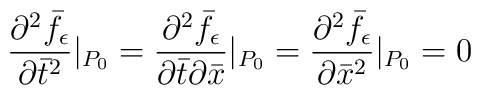
\frac{\partial^2\bar{f}_{\epsilon}}{\partial \bar{t}^2}|_{P_0} =\frac{\partial^2\bar{f}_{\epsilon}}{\partial \bar{t}\partial \bar{x}}|_{P_0} =\frac{\partial^2\bar{f}_{\epsilon}}{\partial \bar{x}^2}|_{P_0} = 0